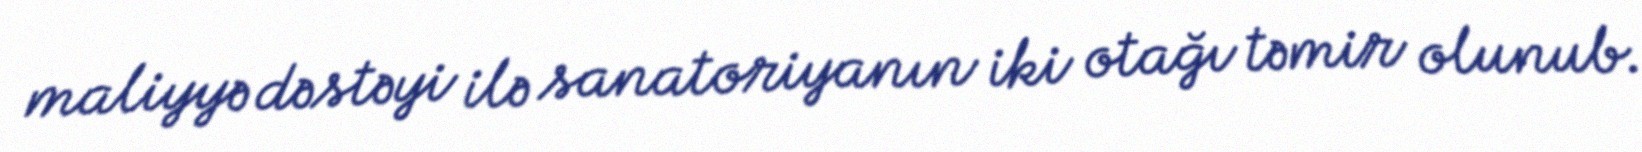
maliyyə dəstəyi ilə sanatoriyanın iki otağı təmir olunub.